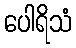
ပေါရိသံ